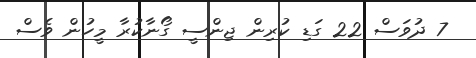
7 ދުވަސް 22 ގަޑި ކުރިން ޖިންސީ ގޯނާކުރާ މީހުން ވެސް